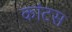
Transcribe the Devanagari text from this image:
कांटस